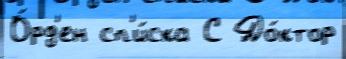
О́рд'ен сп'и́ска С До́ктор